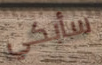
سأبكي